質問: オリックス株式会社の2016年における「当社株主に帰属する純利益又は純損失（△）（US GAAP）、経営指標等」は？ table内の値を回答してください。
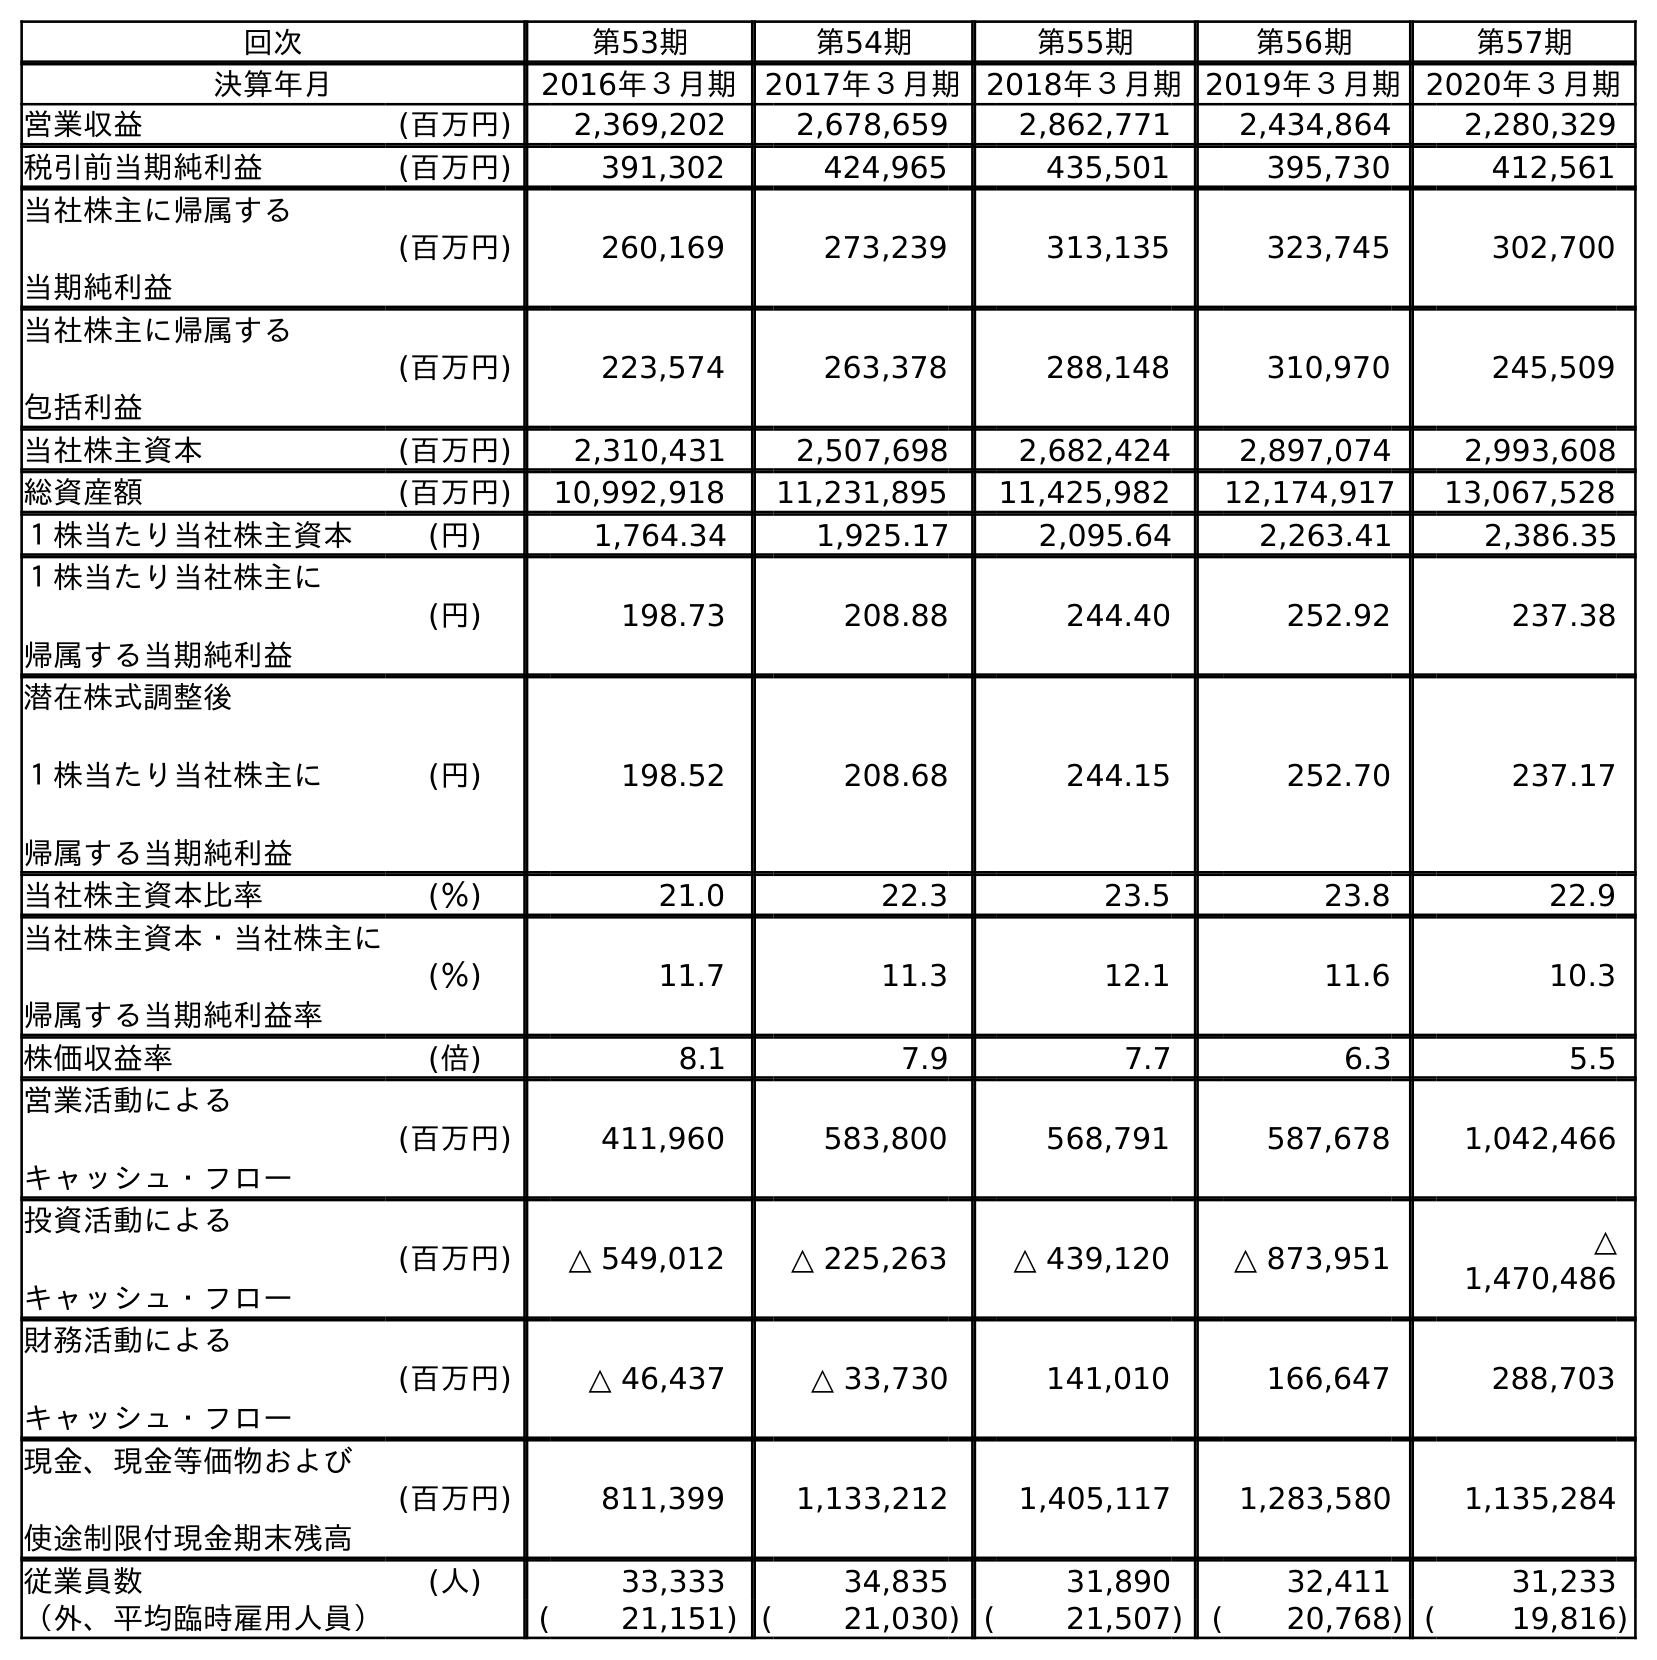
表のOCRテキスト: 回次 第53期 第54期 第55期 第56期 第57期 決算年月 2016年３月期 2017年３月期 2018年３月期2019年３月期2020年３月期 営業収益 (百万円) 2,369,202 2,678,659 2,862,771 2,434,864 2,280,329 税引前当期純利益 (百万円) 391,302 424,965 435,501 395,730 412,561 当社株主に帰属する 当期純利益 (百万円) 260,169 273,239 313,135 323,745 302,700 当社株主に帰属する 包括利益 (百万円) 223,574 263,378 288,148 310,970 245,509 当社株主資本 (百万円) 2,310,431 2,507,698 2,682,424 2,897,074 2,993,608 総資産額 (百万円) 10,992,918 11,231,895 11,425,982 12,174,917 13,067,528 １株当たり当社株主資本 (円) 1,764.34 1,925.17 2,095.64 2,263.41 2,386.35 １株当たり当社株主に 帰属する当期純利益 (円) 198.73 208.88 244.40 252.92 237.38 潜在株式調整後 １株当たり当社株主に 帰属する当期純利益 (円) 198.52 208.68 244.15 252.70 237.17 当社株主資本比率 (％) 21.0 22.3 23.5 23.8 22.9 当社株主資本・当社株主に 帰属する当期純利益率 (％) 11.7 11.3 12.1 11.6 10.3 株価収益率 (倍) 8.1 7.9 7.7 6.3 5.5 営業活動による キャッシュ・フロー (百万円) 411,960 583,800 568,791 587,678 1,042,466 投資活動による キャッシュ・フロー (百万円) △ 549,012 △ 225,263 △ 439,120 △ 873,951 △ 1,470,486 財務活動による キャッシュ・フロー (百万円) △ 46,437 △ 33,730 141,010 166,647 288,703 現金、現金等価物および 使途制限付現金期末残高 (百万円) 811,399 1,133,212 1,405,117 1,283,580 1,135,284 従業員数 (人) 33,333 34,835 31,890 32,411 31,233 （外、平均臨時雇用人員） ( 21,151) ( 21,030) ( 21,507) ( 20,768) ( 19,816)
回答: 260,169